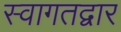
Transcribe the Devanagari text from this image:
स्वागतद्वार